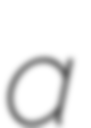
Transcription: a